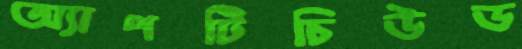
অ্যাপটিচিউড